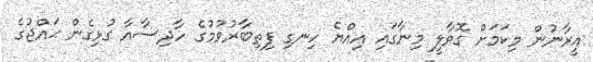
އީރާނުން މިކަމަށް ގޮވާލީ މިނާގައި އިއްޔެ ހިނގި ފިތިބާރުވުމުގެ ހާދިސާއާ ގުޅިގެން ޙައްޖުގެ